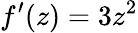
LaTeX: f^{\prime}(z)=3z^{2}